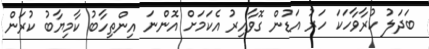
ބަދަލު ކުރާވާހަކަ ހަރު އަޑުން ގޮވާއިރު އެކަމަށް އޮންނަ އިންތިހާބު ކާމިޔާބު ކުރަން